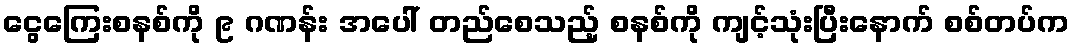
ငွေကြေးစနစ်ကို ၉ ဂဏန်း အပေါ် တည်စေသည့် စနစ်ကို ကျင့်သုံးပြီးနောက် စစ်တပ်က